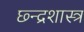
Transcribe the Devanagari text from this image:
छ्न्द्रशास्त्र